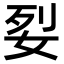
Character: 姴